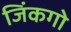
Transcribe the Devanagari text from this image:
जिंकगो